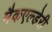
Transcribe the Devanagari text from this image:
मैकएल्डेरी